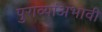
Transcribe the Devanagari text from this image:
पुराव्यांअभावी